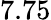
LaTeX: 7.75